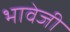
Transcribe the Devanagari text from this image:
भावेजी